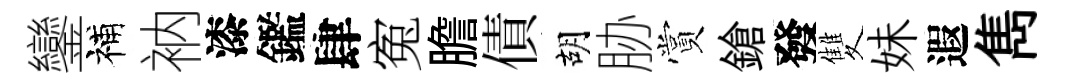
鑾補衲漆鑑肆寃膽債胡胁賞鎗發雙妹遐雋